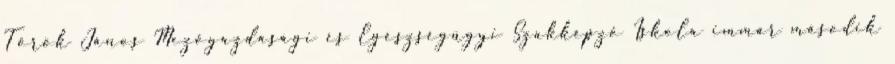
Török János Mezőgazdasági és Egészségügyi Szakképző Iskola immár második